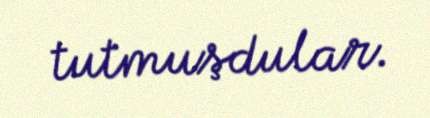
tutmuşdular.